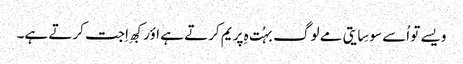
ویسے تو اُسے سوسِایتی مے لوگ بہُت ہِ پریم کرتے ہے اؤر کبھِ اِجت کرتے ہے۔